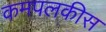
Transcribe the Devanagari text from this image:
कमपलकीस